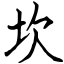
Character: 坎